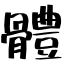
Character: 體